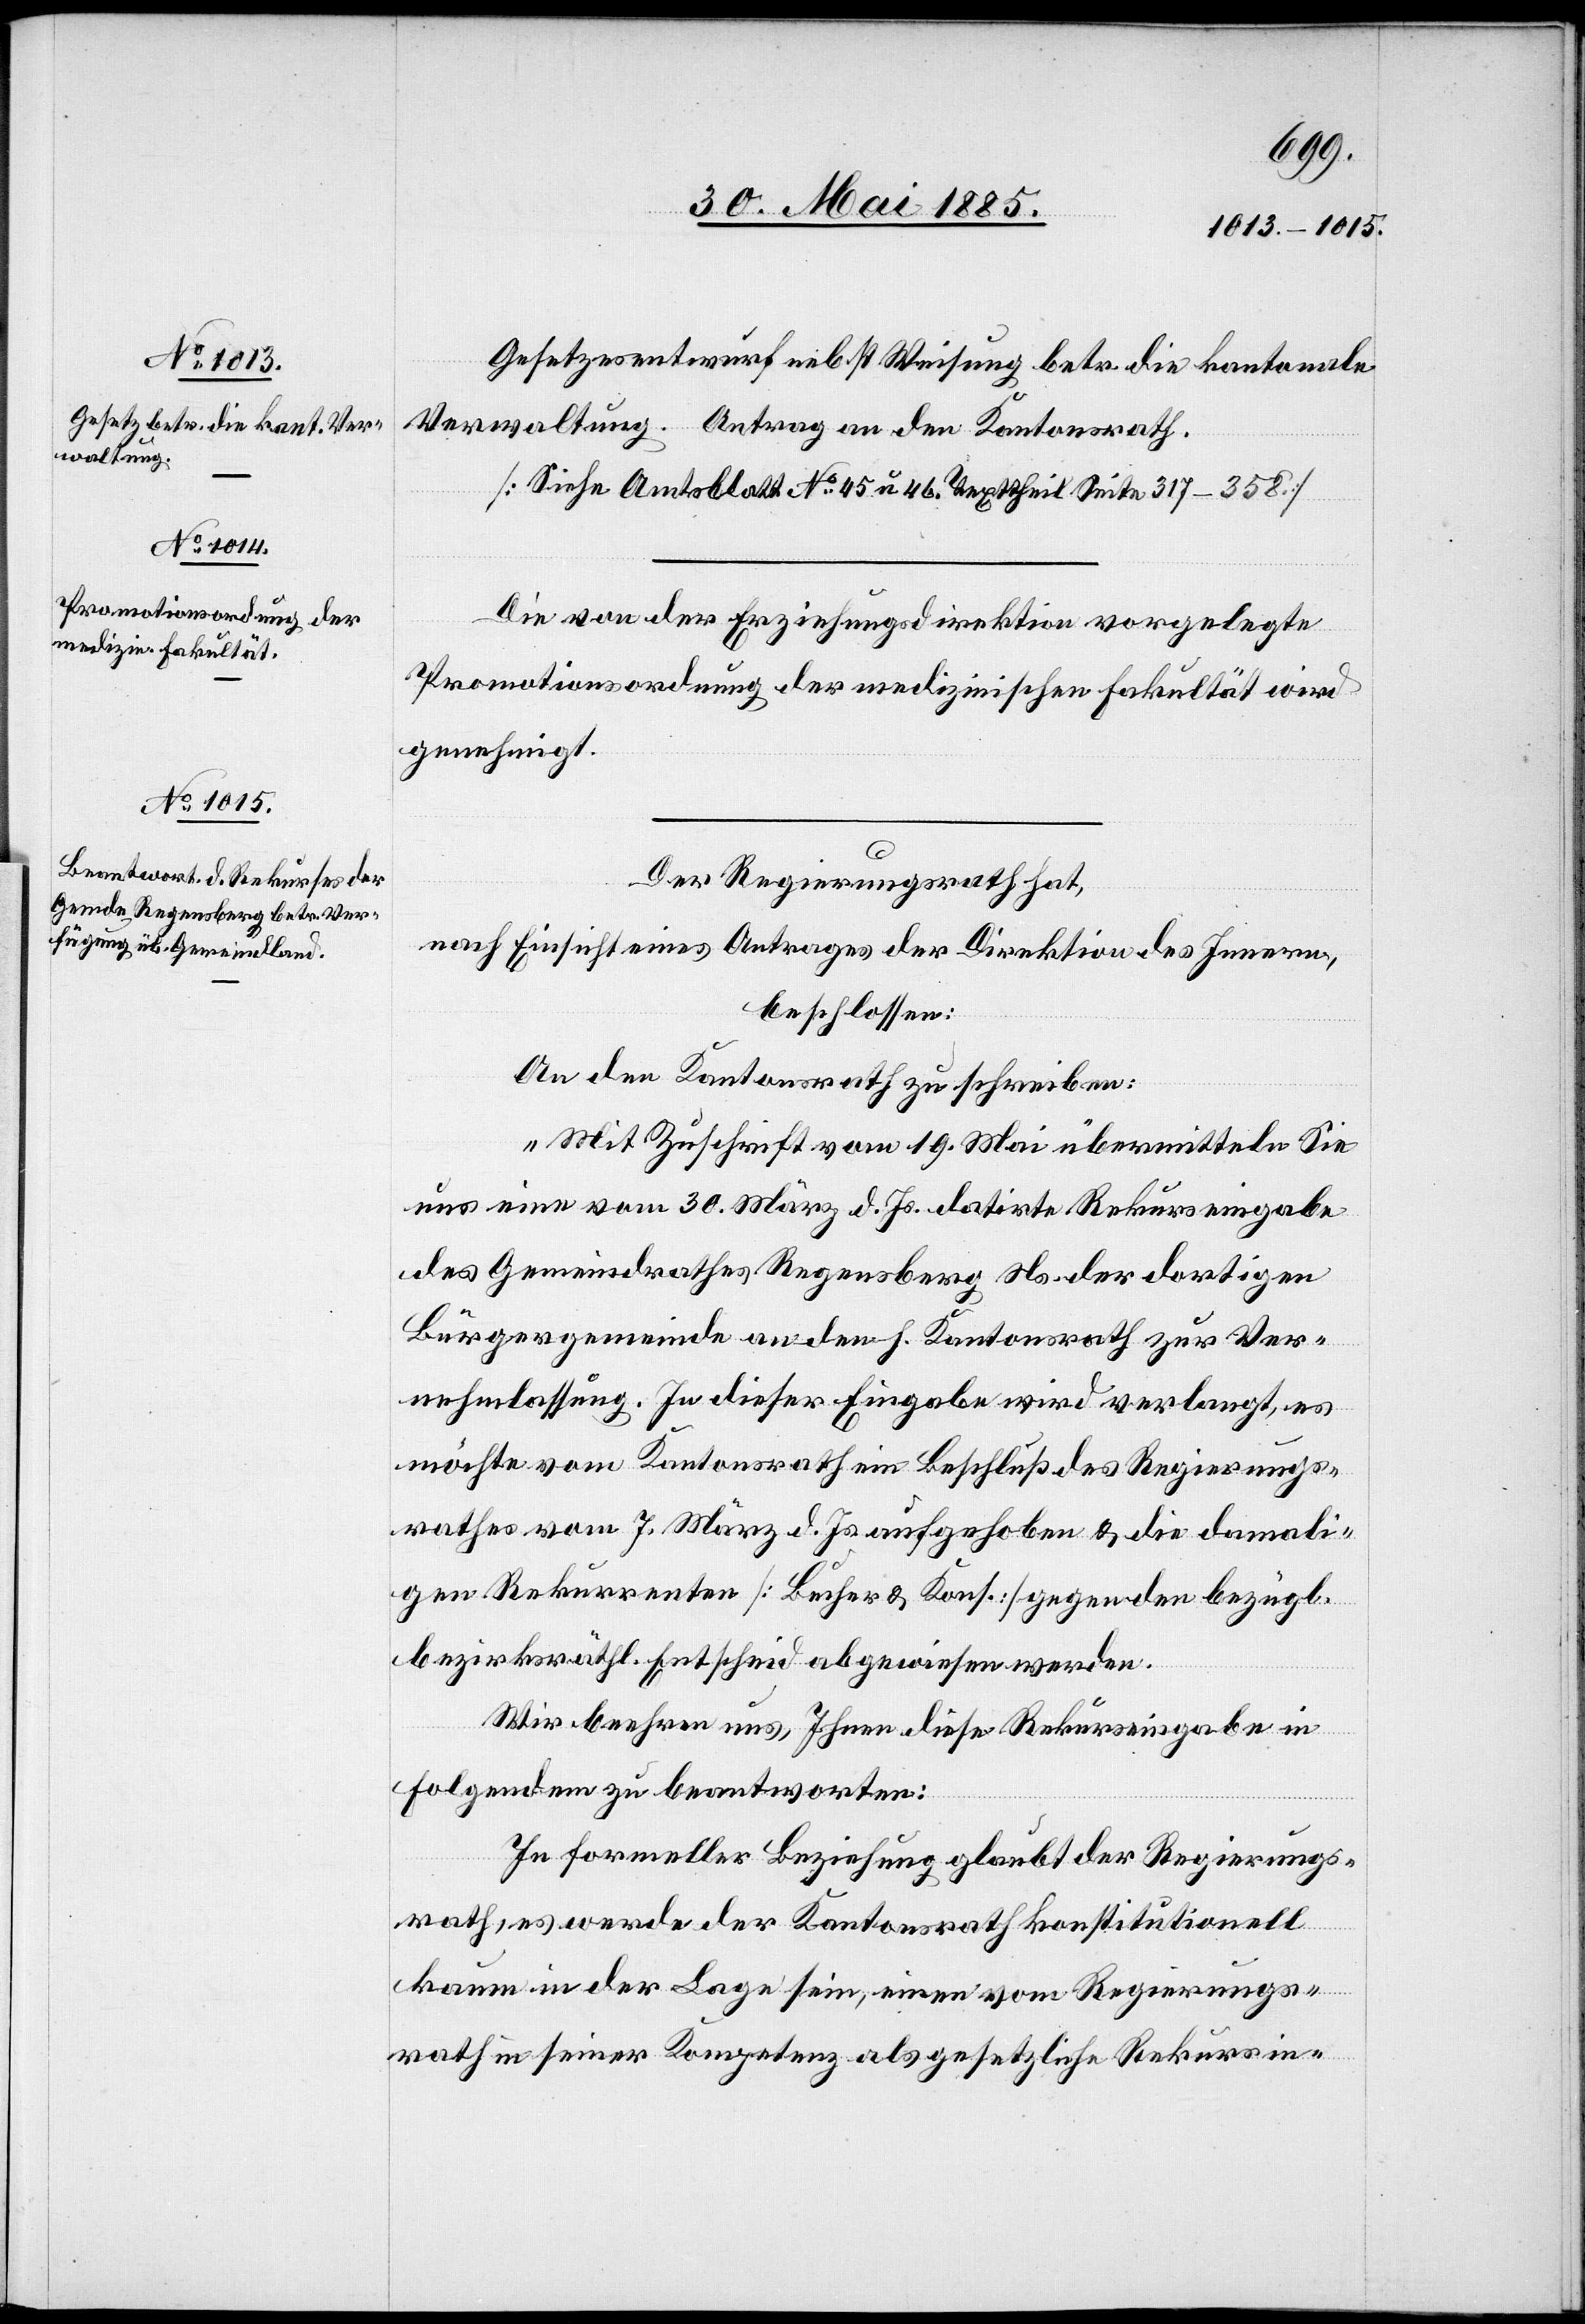
Gesetzesentwurf nebst Weisung betr. die kantonale
Verwaltung. Antrag an den Kantonsrath.
[Siehe Amtsblatt No 45 u. 46. Texttheil Seite 317–358]
Die von der Erziehungsdirektion vorgelegte
Promotionsordnung der medizinischen Fakultät wird
genehmigt.
Der Regierungsrath hat,
nach Einsicht eines Antrages der Direktion des Innern,
beschlossen:
An den Kantonsrath zu schreiben:
„Mit Zuschrift vom 10. Mai übermitteln Sie
uns eine vom 30. März d. Js. datirte Rekurseingabe
des Gemeindrathes Regensberg Ns. der dortigen
Bürgergemeinde an den h. Kantonsrath zur Ver¬
nehmlassung. In dieser Eingabe wird verlangt, es
möchte vom Kantonsrath ein Beschluß des Regierungs¬
rathes vom 7. März d. Js. aufgehoben & die damali¬
gen Rekurrenten [Bucher & Kons.] gegen den bezügl.
bezirksräthl. Entscheid abgewiesen werden.
Wir beehren uns, Ihnen diese Rekurseingabe in
folgendem zu beantworten:
In formeller Beziehung glaubt der Regierungs¬
rath, es werde der Kantonsrath konstitutionell
kaum in der Lage sein, einen vom Regierungs¬
rath in seiner Kompetenz als gesetzliche Rekursin-